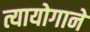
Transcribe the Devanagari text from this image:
त्यायोगाने